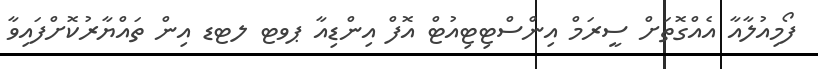
ފޯމިއުލާއާ އެއްގޮތަށް ސީރަމް އިންސްޓިޓިއުޓް އޮފް އިންޑިއާ ޕވޓ ލޓޑ އިން ތައްޔާރުކޮށްފައިވާ